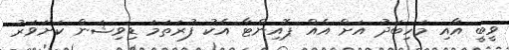
ވީބީ އާއި މަހިބަދު އަށް އެއް ޕޮއިންޓާ އެކު ފުރަތަމަ ޑިވިޝަން ކަށަވަރު